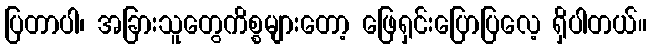
ပြတာပါ၊ အခြားသူတွေကိစ္စများတော့ ဖြေရှင်းပြောပြလေ့ ရှိပါတယ်။